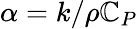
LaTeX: \alpha={k/\rho\mathbb{C}_{P}}